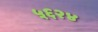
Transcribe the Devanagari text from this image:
५६२४